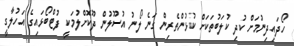
ހޯދައިދިނުމަށް ކުދި ކުލަބުތަކަށް ކުޅުންތެރިން ގަނެ ލޯނު އުސޫލުން ދޫކޮށްލުމަކީ ފުޓްބޯޅައިގެ އަހުލާގީ